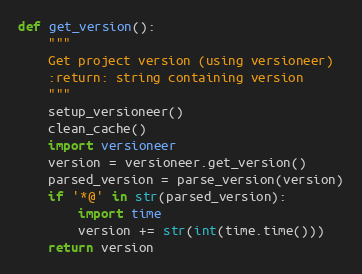
Language: Python
def get_version():
    """
    Get project version (using versioneer)
    :return: string containing version
    """
    setup_versioneer()
    clean_cache()
    import versioneer
    version = versioneer.get_version()
    parsed_version = parse_version(version)
    if '*@' in str(parsed_version):
        import time
        version += str(int(time.time()))
    return version